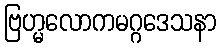
ဗြဟ္မလောကမဂ္ဂဒေသနာ